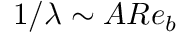
1 / \lambda \sim A R e _ { b }